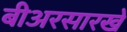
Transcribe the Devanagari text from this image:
बीअरसारखे